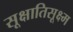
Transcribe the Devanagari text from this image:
सूक्षातिसूक्ष्म